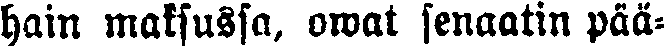
hain maksussa, owat senaatin pää-